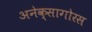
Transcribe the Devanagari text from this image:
अनेक्सागोरस